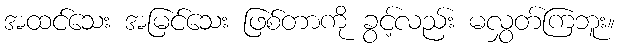
အထင်သေး အမြင်သေး ဖြစ်တာကို ခွင့်လည်း မလွှတ်ကြဘူး။